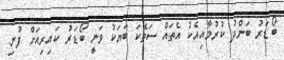
ބޯޑަރު ބަންދު ކުރުމާއިއެކު އެތައް ސަތޭކަ ބަޔަކު ވަނީ ބޯޑަރު ކައިރިއަށް ފުނި